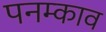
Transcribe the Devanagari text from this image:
पनम्काव